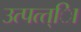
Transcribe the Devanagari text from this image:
उत्पत्त्िा